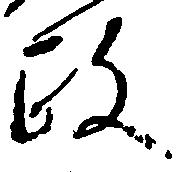
政